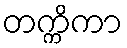
တက္ကိကာ